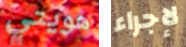
هويتي لإجراء